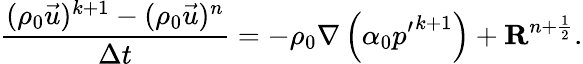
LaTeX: \frac{(\rho_{0}\vec{u})^{k+1}-(\rho_{0}\vec{u})^{n}}{\Delta t}=-\rho_{0}\nabla\left(\alpha_{0}{p^{\prime}}^{k+1}\right)+\mathbf{R}^{n+\frac{1}{2}}.